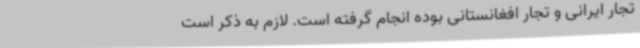
تجار ایرانی و تجار افغانستانی بوده انجام گرفته است. لازم به ذکر است